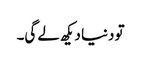
تو دنیا دیکھ لے گی۔